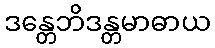
ဒန္တေဘိဒန္တမာဓာယ